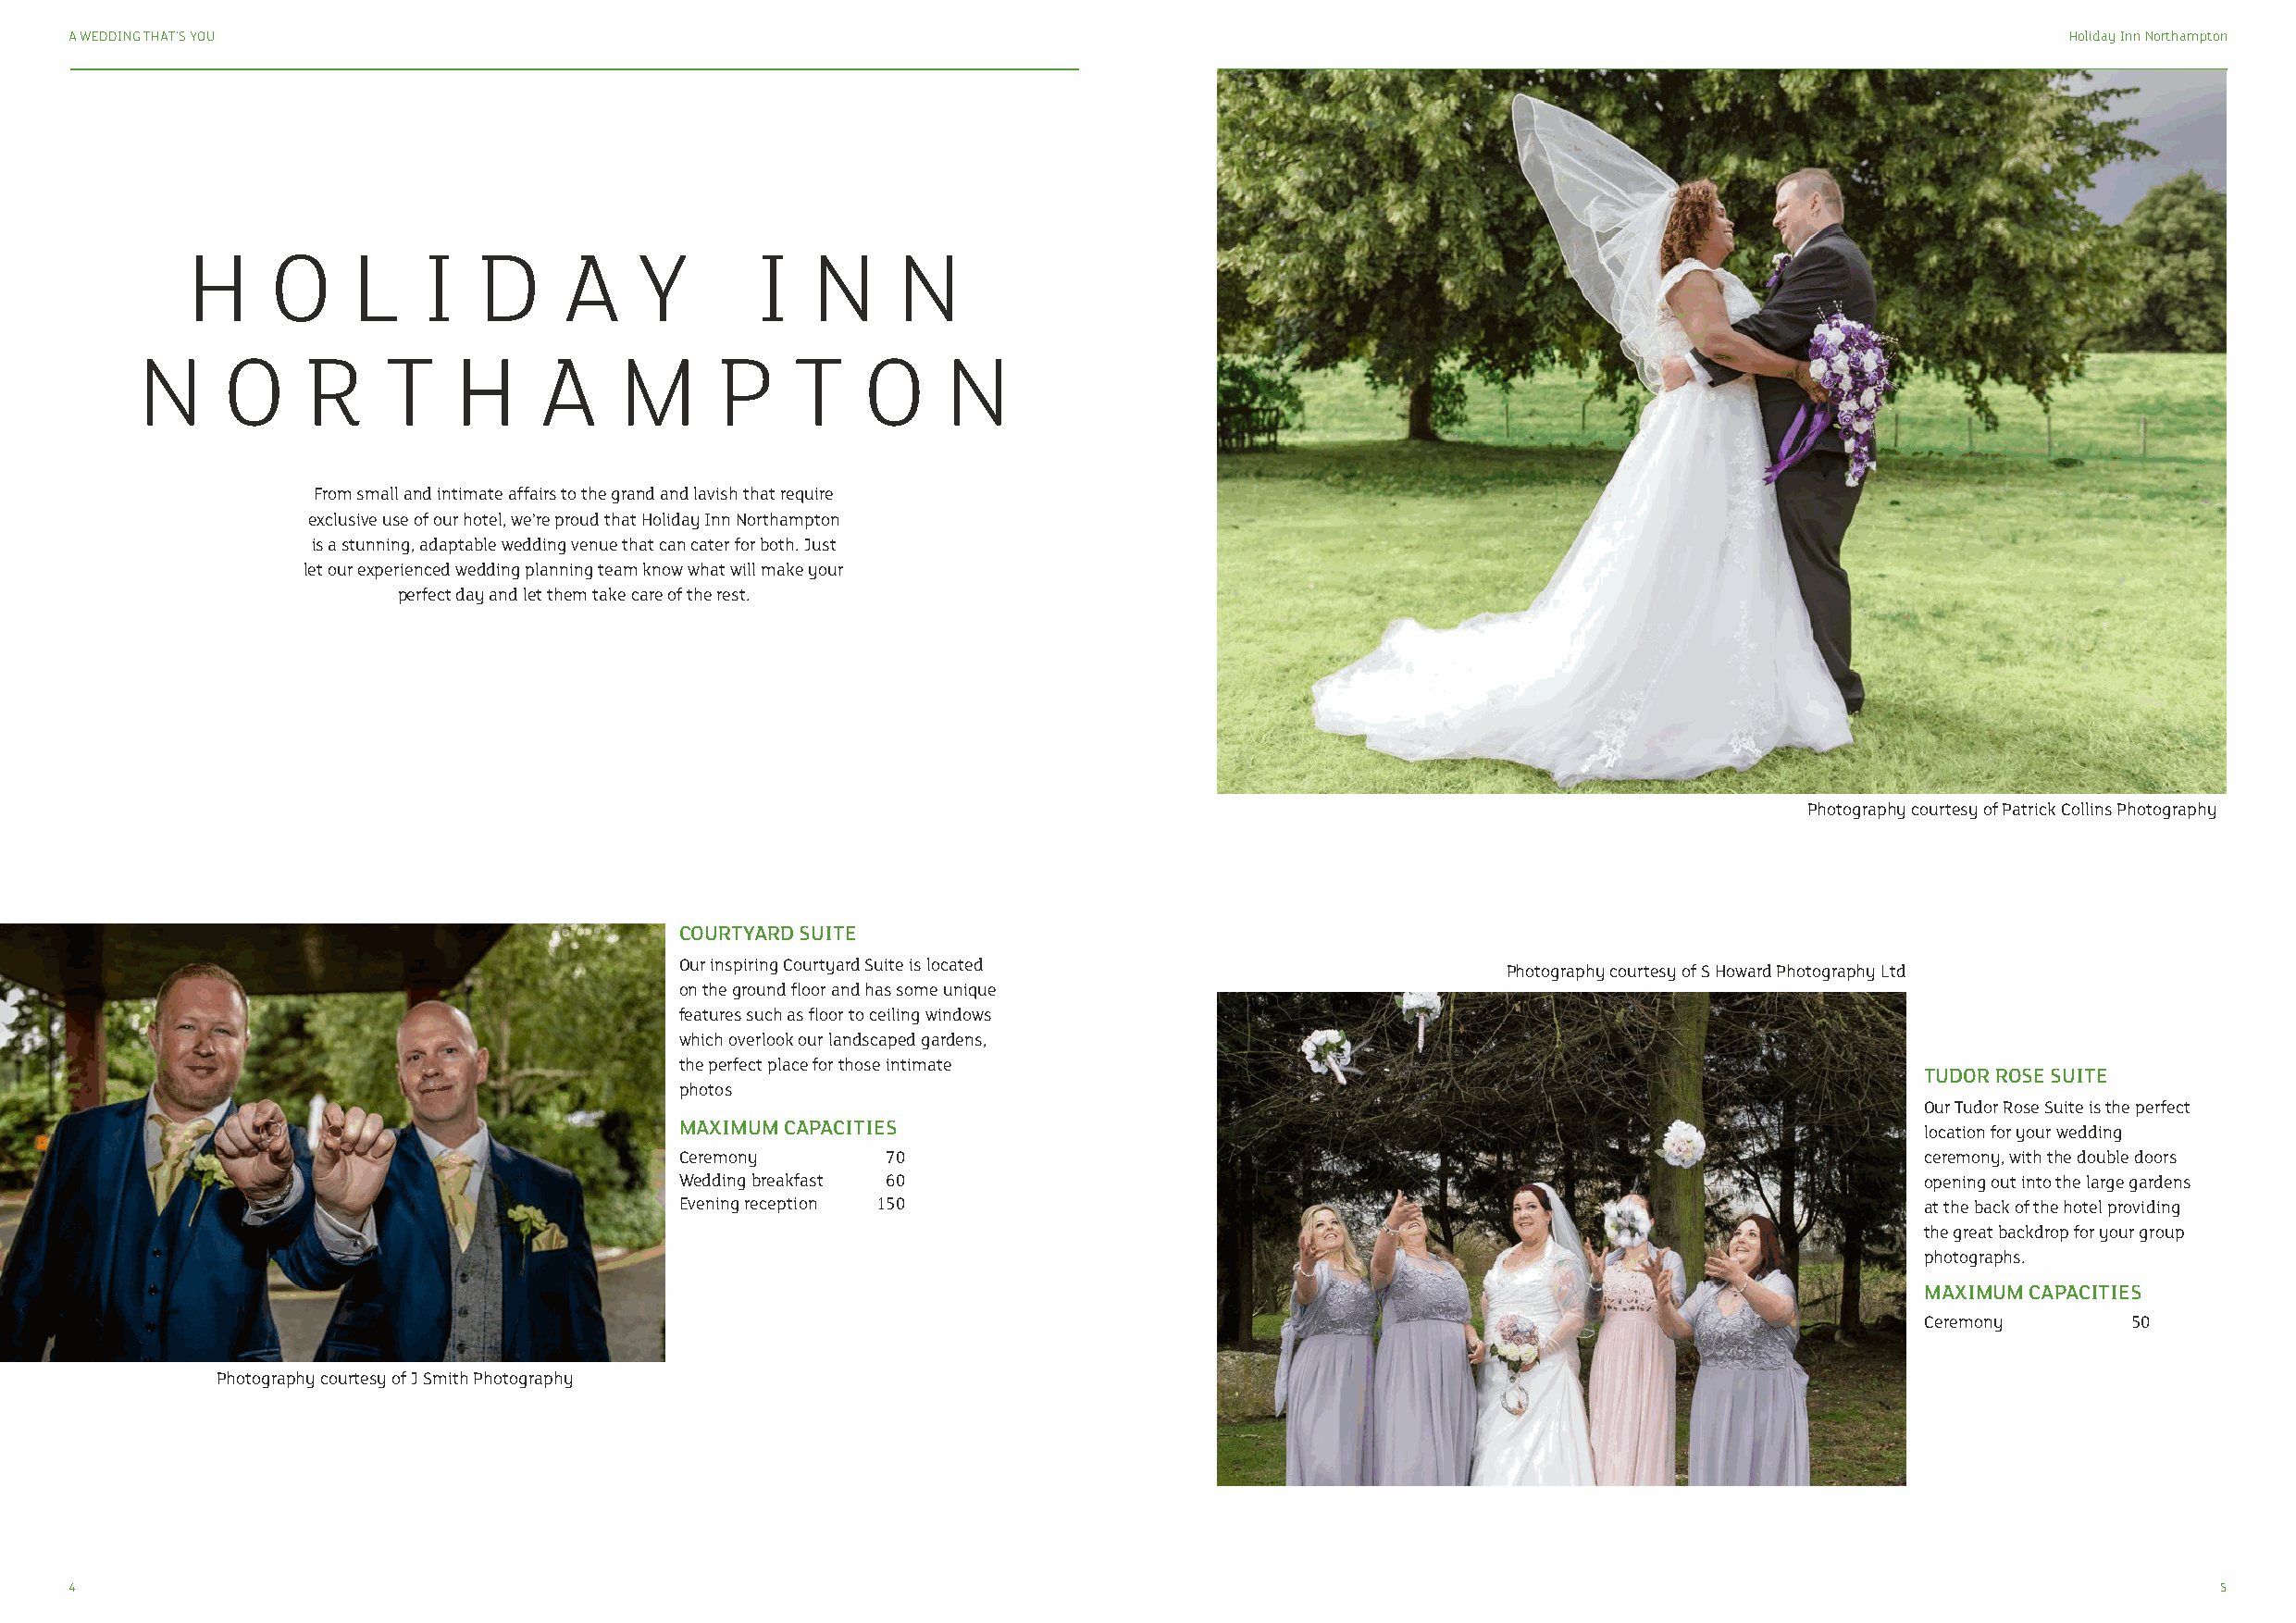
A WEDDING THAT’S YOU                                                                                                                           Holiday Inn Northampton
 H     O     L    I   D     A    Y        I   N     N
 N     O     R     T    H    A     M      P     T    O     N
 From small and intimate affairs to the grand and lavish that require
 exclusive use of our hotel, we’re proud that Holiday Inn Northampton
 is a stunning, adaptable wedding venue that can cater for both. Just
 let our experienced wedding planning team know what will make your
 perfect day and let them take care of the rest.
 Photography courtesy of Patrick Collins Photography
 COURTYARD SUITE
 Our inspiring Courtyard Suite is located
 Photography courtesy of S Howard Photography Ltd
 on the ground floor and has some unique
 features such as floor to ceiling windows
 which overlook our landscaped gardens,
 the perfect place for those intimate
 TUDOR ROSE SUITE
 photos
 Our Tudor Rose Suite is the perfect
 MAXIMUM CAPACITIES
 location for your wedding
 Ceremony      70                                                                         ceremony, with the double doors
 Wedding breakfast 60                                                                     opening out into the large gardens
 Evening reception 150                                                                    at the back of the hotel providing
 the great backdrop for your group
 photographs.
 MAXIMUM CAPACITIES
 Ceremony      50
 Photography courtesy of J Smith Photography
 4                                                                                                                                                         5